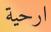
ارحية